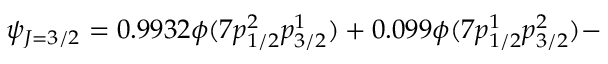
\psi _ { J = 3 / 2 } = 0 . 9 9 3 2 \phi ( 7 p _ { 1 / 2 } ^ { 2 } p _ { 3 / 2 } ^ { 1 } ) + 0 . 0 9 9 \phi ( 7 p _ { 1 / 2 } ^ { 1 } p _ { 3 / 2 } ^ { 2 } ) -